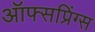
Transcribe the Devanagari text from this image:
ऑफ्सप्रिंग्स